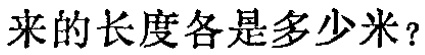
来的长度各是多少米？